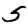
Digit: 5